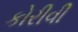
કોરીવી